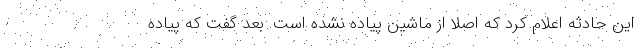
این حادثه اعلام کرد که اصلا از ماشین پیاده نشده است. بعد گفت که پیاده